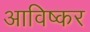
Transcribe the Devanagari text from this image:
आविष्कर